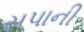
સપાની